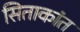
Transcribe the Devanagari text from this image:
सिताकांत